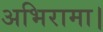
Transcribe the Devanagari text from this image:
अभिरामा।